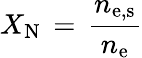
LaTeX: X_{\mathrm{{N}}}\, =\, \frac{n_{\mathrm{{e,s}}}}{n_{\mathrm{{e}}}}